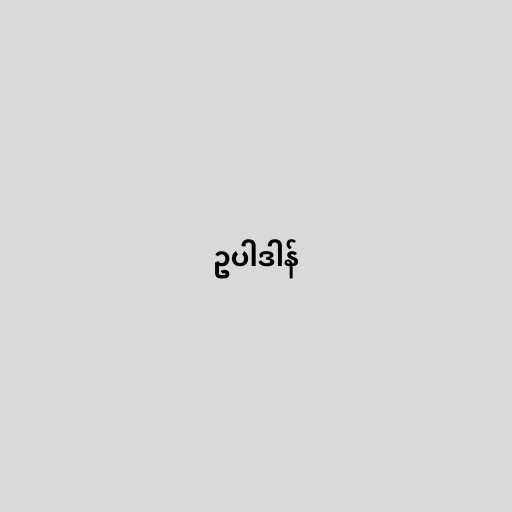
ဥပါဒါန်